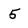
Character: 5